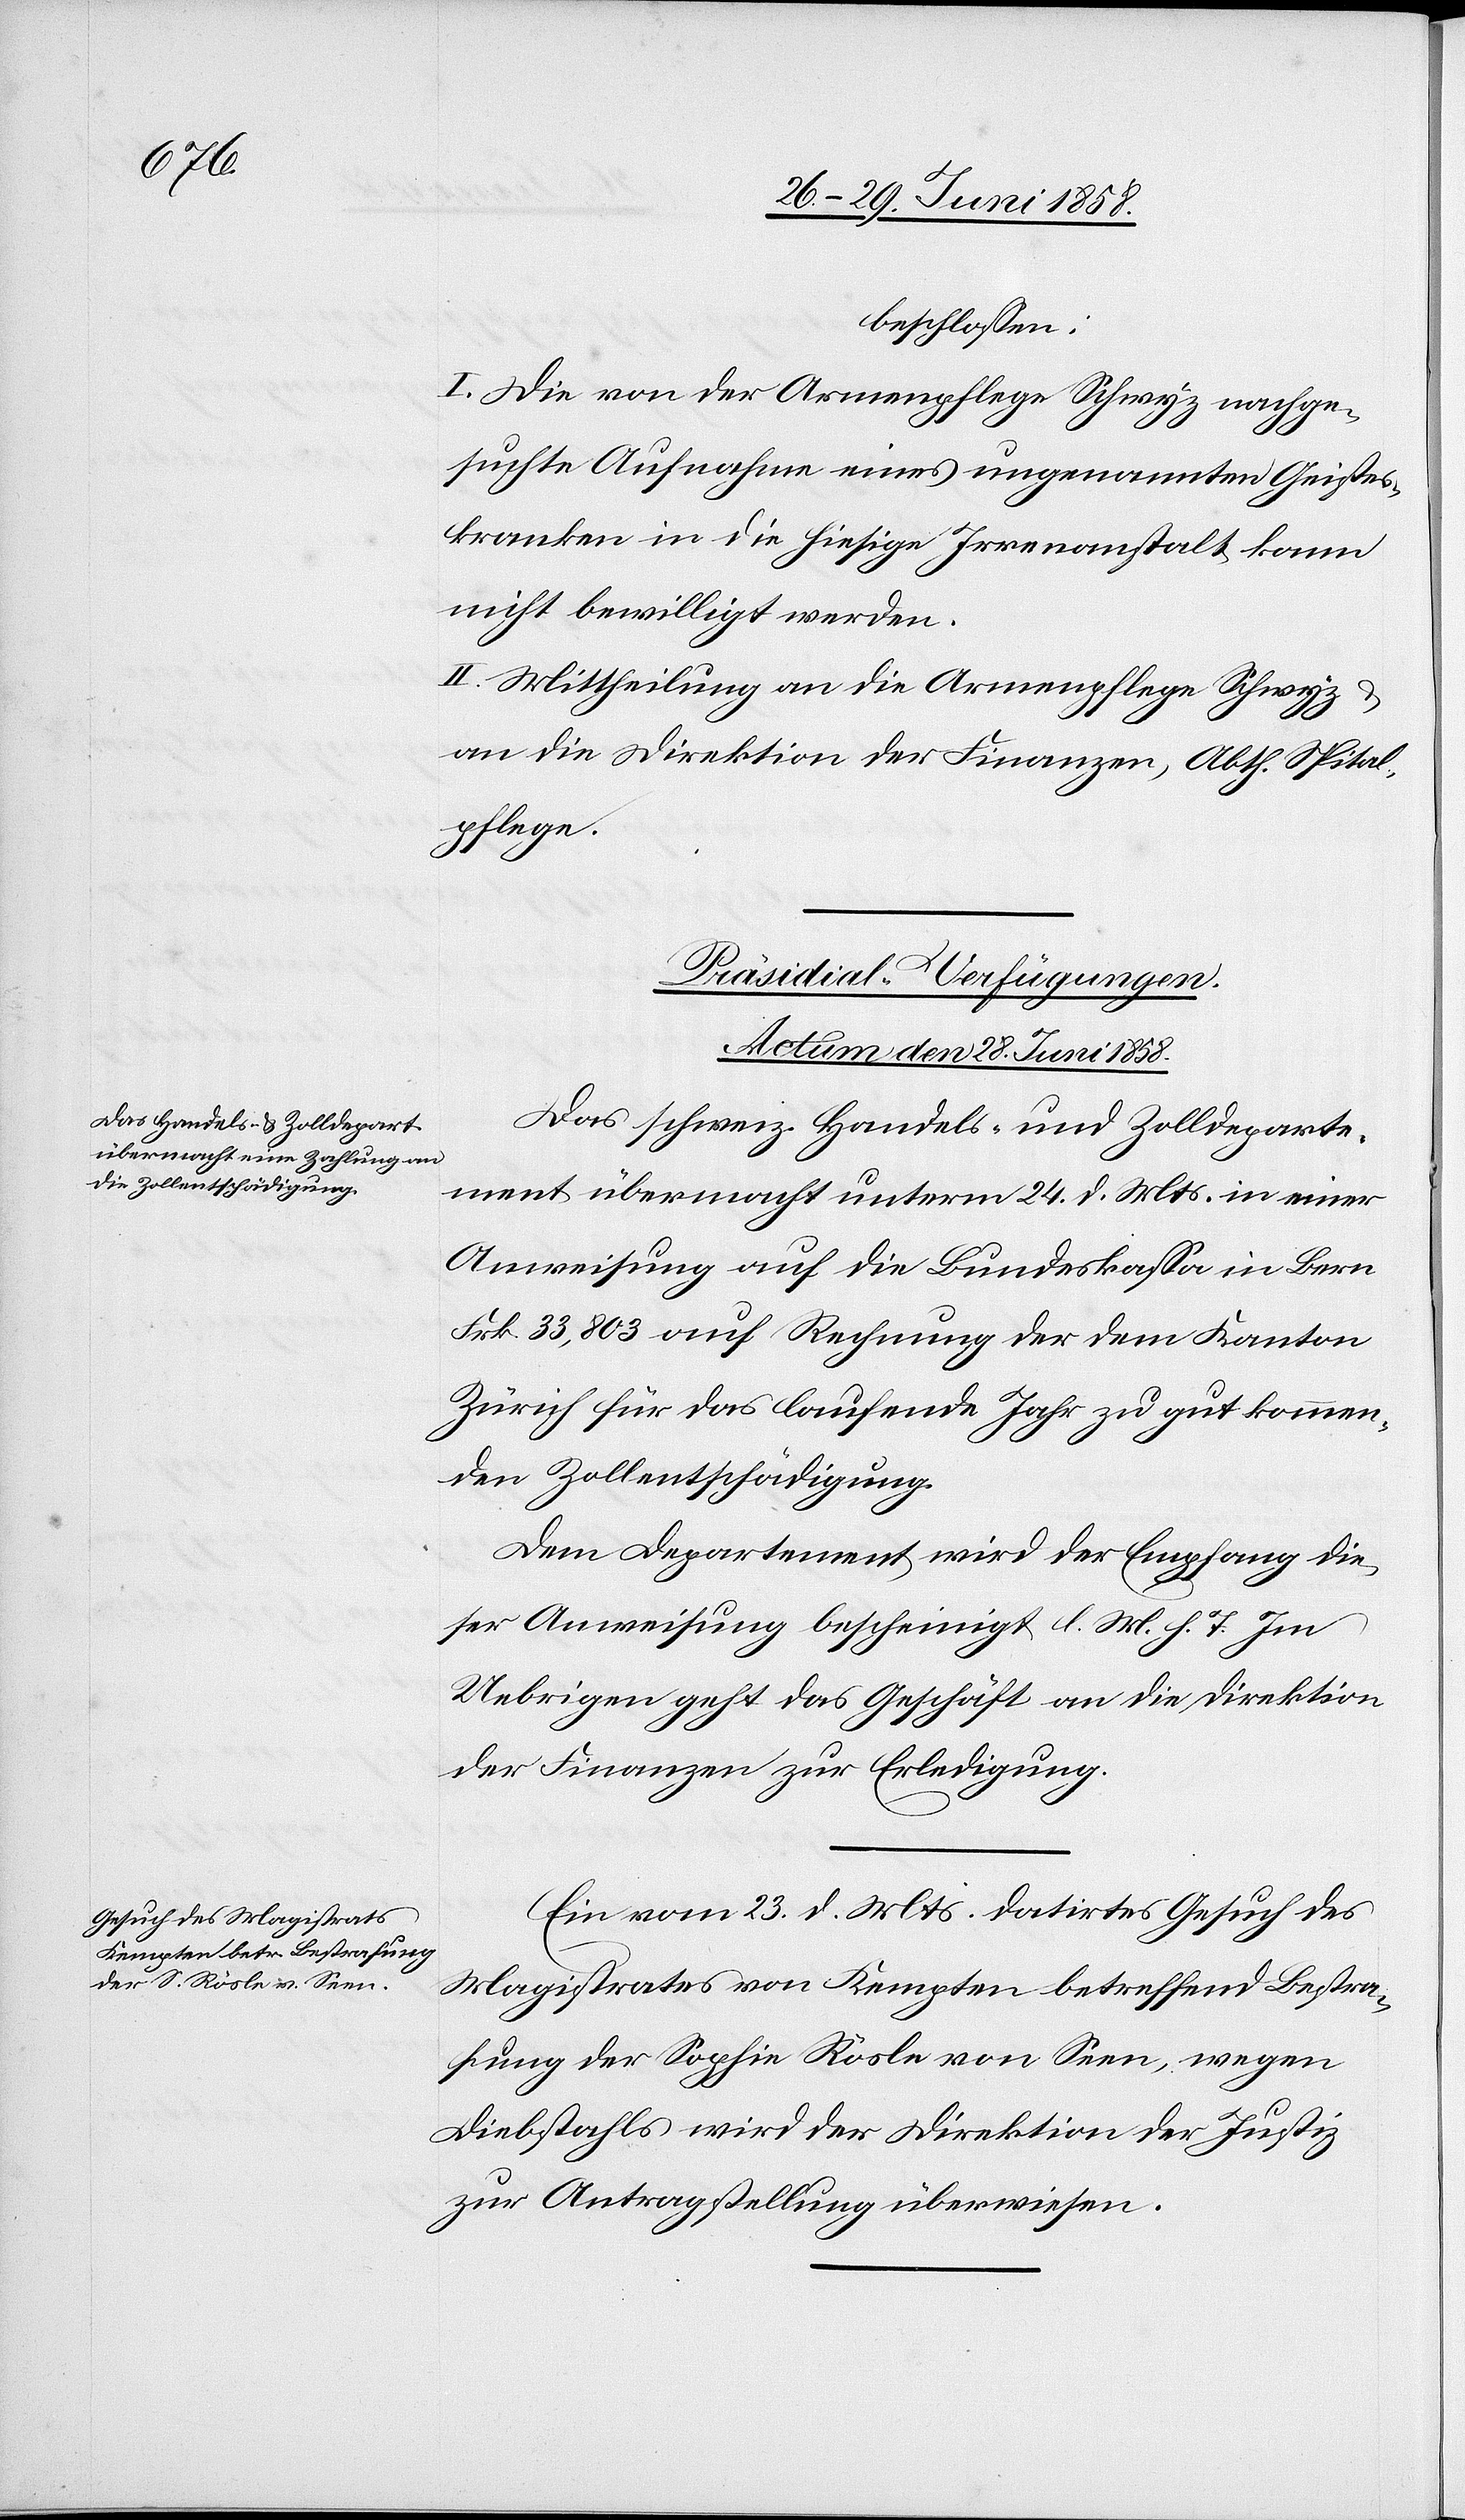
beschlossen:
I. Die von der Armenpflege Schwyz nachge¬
suchte Aufnahme eines ungenannten Geistes¬
kranken in die hiesige Irrenanstalt kann
nicht bewilligt werden.
II. Mittheilung an die Armenpflege Schwyz
an die Direktion der Finanzen, Abth. Spital¬
pflege.
[Präsidial-Verfügungen.
Actum den 28. Juni 1858.]
Das schweiz. Handels- und Zolldeparte¬
ment übermacht unterm 24. d. Mts. in einer
Anweisung auf die Bundeskassa in Bern
Frk. 33,803 auf Rechnung der dem Kanton
Zürich für das laufende Jahr zu gut kommen¬
den Zollentschädigung.
Dem Departement wird der Empfang die¬
ser Anweisung bescheinigt l. M. h. T. Im
Uebrigen geht das Geschäft an die Direktion
der Finanzen zur Erledigung.
Ein vom 23. d. Mts. datirtes Gesuch des
Magistrates von Kempten betreffend Bestra¬
fung der Sophie Rösle von Seen, wegen
Diebstahls wird der Direktion der Justiz
zur Antragstellung überwiesen.